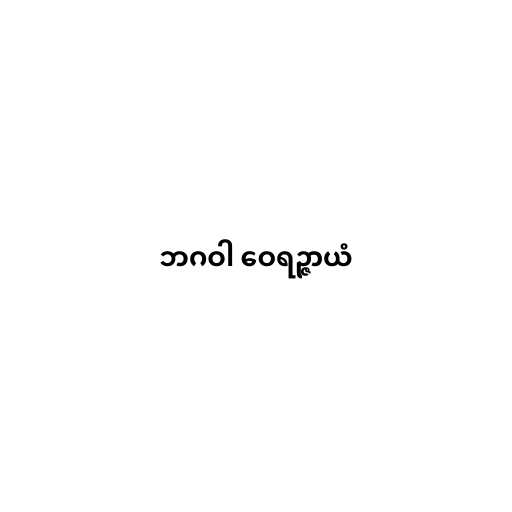
ဘဂဝါ ဝေရဉ္ဇာယံ